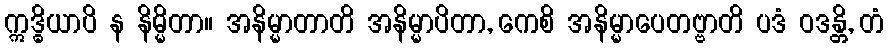
ဣဒ္ဓိယာပိ န နိမ္မိတာ။ အနိမ္မာတာတိ အနိမ္မာပိတာ, ကေစိ အနိမ္မာပေတဗ္ဗာတိ ပဒံ ဝဒန္တိ, တံ